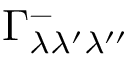
\Gamma _ { \lambda \lambda ^ { \prime } \lambda ^ { \prime \prime } } ^ { - }